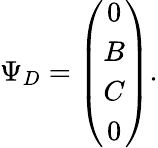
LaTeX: \Psi_{D}=\left(\begin{array}{c}{{0}}\\ {{B}}\\ {{C}}\\ {{0}}\end{array}\right).